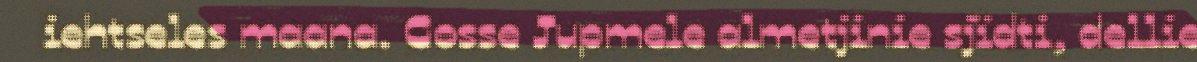
iehtseles maana. Gosse Jupmele almetjinie sjïdti, dellie